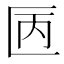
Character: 㔷